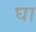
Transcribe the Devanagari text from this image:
घा